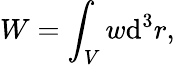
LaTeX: W=\int_{V}w\mathrm{d}^{3}r,